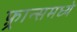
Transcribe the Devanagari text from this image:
फ़्रान्समध्ये